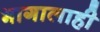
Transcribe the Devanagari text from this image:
भागालाही